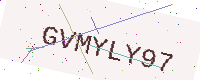
Text: GVMYLY97